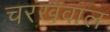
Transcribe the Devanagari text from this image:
चरखवाल